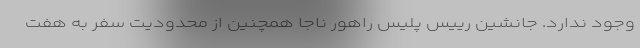
وجود ندارد. جانشین رییس پلیس راهور ناجا همچنین از محدودیت سفر به هفت